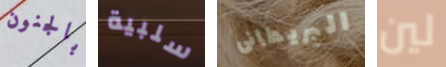
بالجنون سلبية البريطانى لين